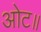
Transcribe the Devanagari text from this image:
ओट॥